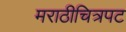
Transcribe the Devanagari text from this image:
मराठीचित्रपट